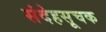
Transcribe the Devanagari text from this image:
संदेहसूचक